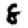
Digit: 8